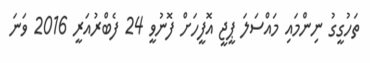
ތަހުގީގު ނިންމައި މައްސަލަ ޕީޖީ އޮފީހަށް ފޮނުވީ 24 ފެބްރުއަރީ 2016 ވަނަ